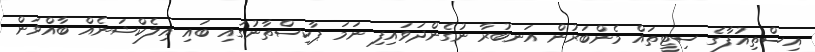
އިސްތިއުފާގެ ސިޓީތައް މެންބަރުން އަނބުރާ ނުގެންދަވައިފި ނަމަ ޕާކިސްތާނުގައި ބައި އިލެކްޝަނެެއް ބާއްވަން